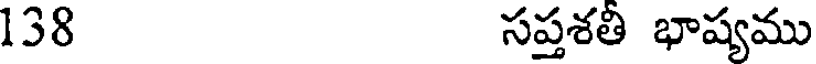
138 సప్తశతి భాష్యము